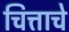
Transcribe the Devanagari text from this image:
चित्ताचे